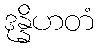
ဒုန္နိဟတံ